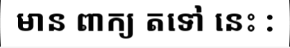
មាន ពាក្យ តទៅ នេះ :